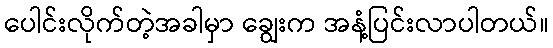
ပေါင်းလိုက်တဲ့အခါမှာ ချွေးက အနံ့ပြင်းလာပါတယ်။